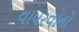
વાપરવાનો